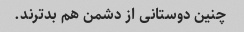
چنین دوستانی از دشمن هم بدترند.